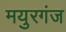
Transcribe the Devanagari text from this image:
मयुरगंज